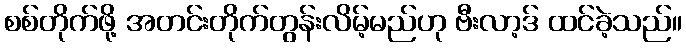
စစ်တိုက်ဖို့ အတင်းတိုက်တွန်းလိမ့်မည်ဟု ဗီးလာ့ဒ် ထင်ခဲ့သည်။